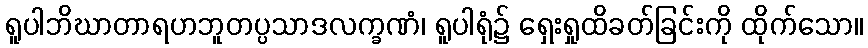
ရူပါဘိဃာတာရဟဘူတပ္ပသာဒလက္ခဏံ၊ ရူပါရုံ၌ ရှေးရှုထိခတ်ခြင်းကို ထိုက်သော။